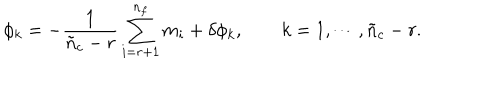
LaTeX: \phi _ { k } = - \frac { 1 } { \tilde { n } _ { c } - r } \sum _ { i = r + 1 } ^ { n _ { f } } m _ { i } + \delta \phi _ { k } , \qquad k = 1 , \cdots , \tilde { n } _ { c } - r .